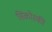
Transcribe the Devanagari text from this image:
सिकोस्की